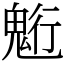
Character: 䰢